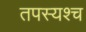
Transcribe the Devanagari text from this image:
तपस्यश्च